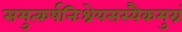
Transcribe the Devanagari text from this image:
समुत्कर्षनिःश्रेयसस्यैकमुग्रं